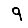
Digit: 9